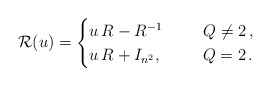
\begin{align*} {\mathcal R}(u) = \begin{cases} u\, R -R^{-1} \qquad\ \, Q \neq 2 \,, \\ u\, R + I_{n^2} , \qquad\ \, Q=2 \,. \end{cases}\end{align*}